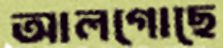
আলগোছে